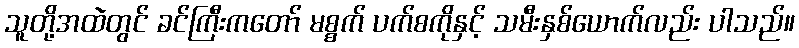
သူတို့အထဲတွင် ခင်ကြီးကတော် မစ္စက် ပက်စကိုနှင့် သမီးနှစ်ယောက်လည်း ပါသည်။